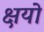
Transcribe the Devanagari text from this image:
क्षयो